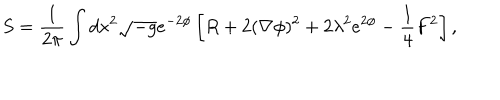
S = \frac { 1 } { 2 \pi } \int d x ^ { 2 } \sqrt { - g } e ^ { - 2 \phi } \left[ R + 2 ( \nabla \phi ) ^ { 2 } + 2 \lambda ^ { 2 } e ^ { 2 \phi } - \frac { 1 } { 4 } F ^ { 2 } \right] ,